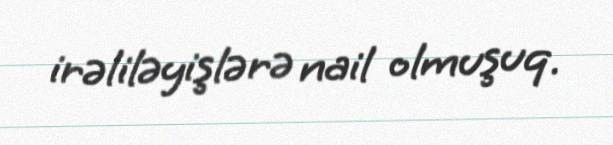
irəliləyişlərə nail olmuşuq.